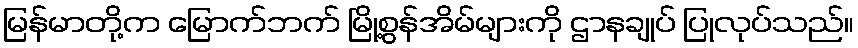
မြန်မာတို့က မြောက်ဘက် မြို့စွန်အိမ်များကို ဌာနချုပ် ပြုလုပ်သည်။